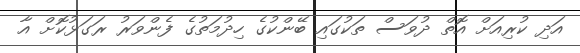
އަދި ކުރިއަށް އޮތް ދުވަސް ތަކުގައި ބޭންކުގެ ހިދުމަތުގެ ފެންވަރު ރަގަޅުކޮށް އާ